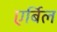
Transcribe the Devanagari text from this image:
एर्बिल